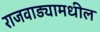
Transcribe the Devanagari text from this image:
राजवाड्यामधील